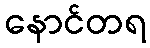
နောင်တရ